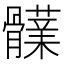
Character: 𩪫